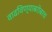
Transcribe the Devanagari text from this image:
वाढविण्याबरोबरच